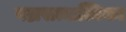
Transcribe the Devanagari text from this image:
वज्रसत्वात्मिका